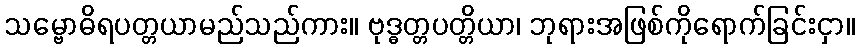
သမ္ဗောဓိရပတ္တယာမည်သည်ကား။ ဗုဒ္ဓတ္တပတ္တိယာ၊ ဘုရားအဖြစ်ကိုရောက်ခြင်းငှာ။